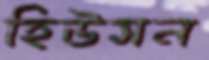
হিউসন